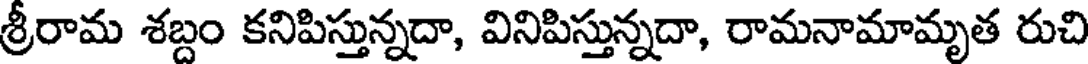
శ్రీరామ శబ్దం కనిపిస్తున్నదా, వినిపిస్తున్నదా, రామనామామృత రుచి